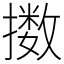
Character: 擞